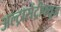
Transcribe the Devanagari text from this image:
अल्ट्रासेंट्रीफ्यूज